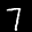
Label: 7